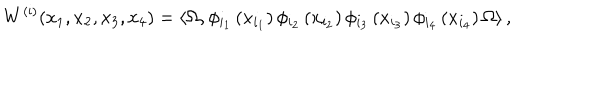
LaTeX: W ^ { \left( \mathrm { i } \right) } { \left( x _ { 1 } , x _ { 2 } , x _ { 3 } , x _ { 4 } \right) } = \left\langle \Omega , \phi _ { { i } _ { 1 } } \left( x _ { { i } _ { 1 } } \right) \phi _ { { i } _ { 2 } } \left( x _ { { i } _ { 2 } } \right) \phi _ { { i } _ { 3 } } \left( x _ { { i } _ { 3 } } \right) \phi _ { { i } _ { 4 } } \left( x _ { { i } _ { 4 } } \right) \Omega \right\rangle ,